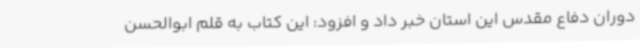
دوران دفاع مقدس این استان خبر داد و افزود: این کتاب به قلم ابوالحسن